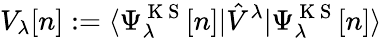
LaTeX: V_{\lambda}[n]:=\langle\Psi_{\lambda}^{\mathrm{~K~S~}}[n]|\hat{V}^{\lambda}|\Psi_{\lambda}^{\mathrm{~K~S~}}[n]\rangle